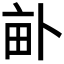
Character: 𤱈